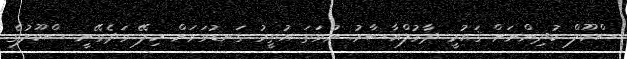
ސްކޫލް ކުދިންނަށް ޤައުމީ ދާރުލްއާސާރު ނުވަތަ އުތީމު ގަނޑުވަރަށް ހިލޭ ވަދެވޭނީ ސްކޫލުގެ